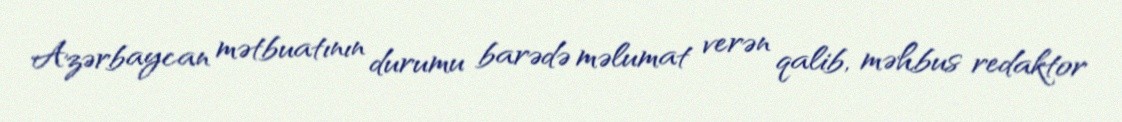
Azərbaycan mətbuatının durumu barədə məlumat verən qalib, məhbus redaktor